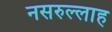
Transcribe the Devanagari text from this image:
नसरुल्लाह